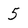
Character: 5